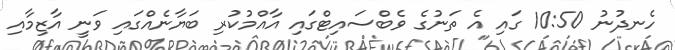
ހެނދުނު 10:50 ގައި އެ ތަނުގެ ވެބްސައިޓްގައި އާއްމުކުރި ބަޔާނެއްގައި ވަނީ އާޒިމާއި